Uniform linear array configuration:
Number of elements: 4
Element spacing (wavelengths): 0.25
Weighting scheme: exponential
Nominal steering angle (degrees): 0
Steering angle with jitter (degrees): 0.518
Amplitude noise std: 0.05
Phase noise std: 0.05

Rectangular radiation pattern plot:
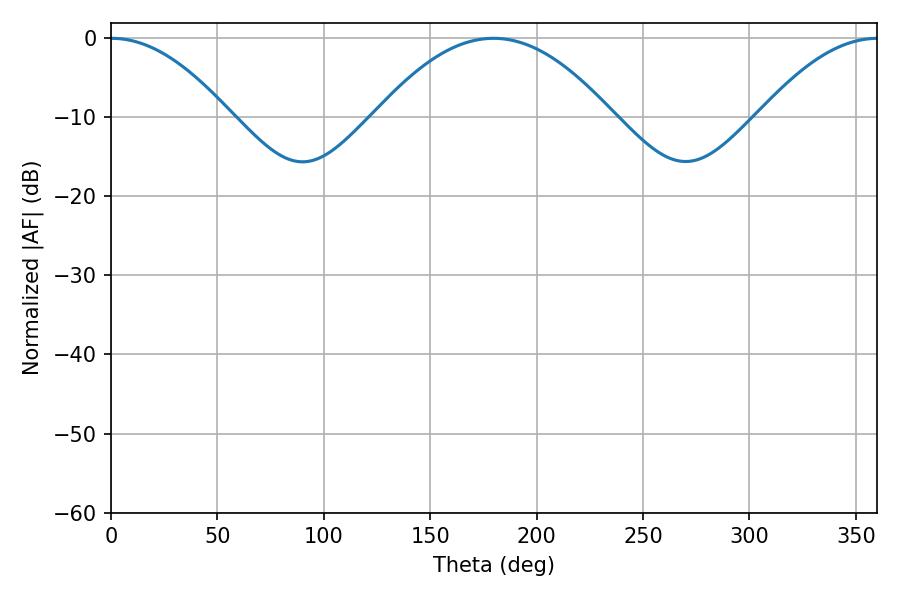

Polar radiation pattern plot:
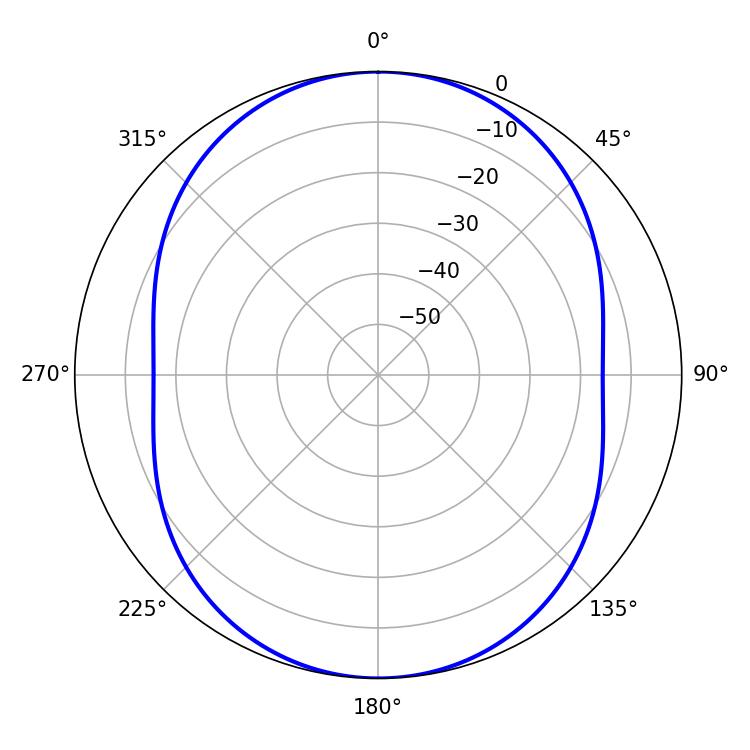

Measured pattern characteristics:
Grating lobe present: FALSE
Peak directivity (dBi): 24.201
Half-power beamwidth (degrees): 30.78
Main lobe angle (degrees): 0.18